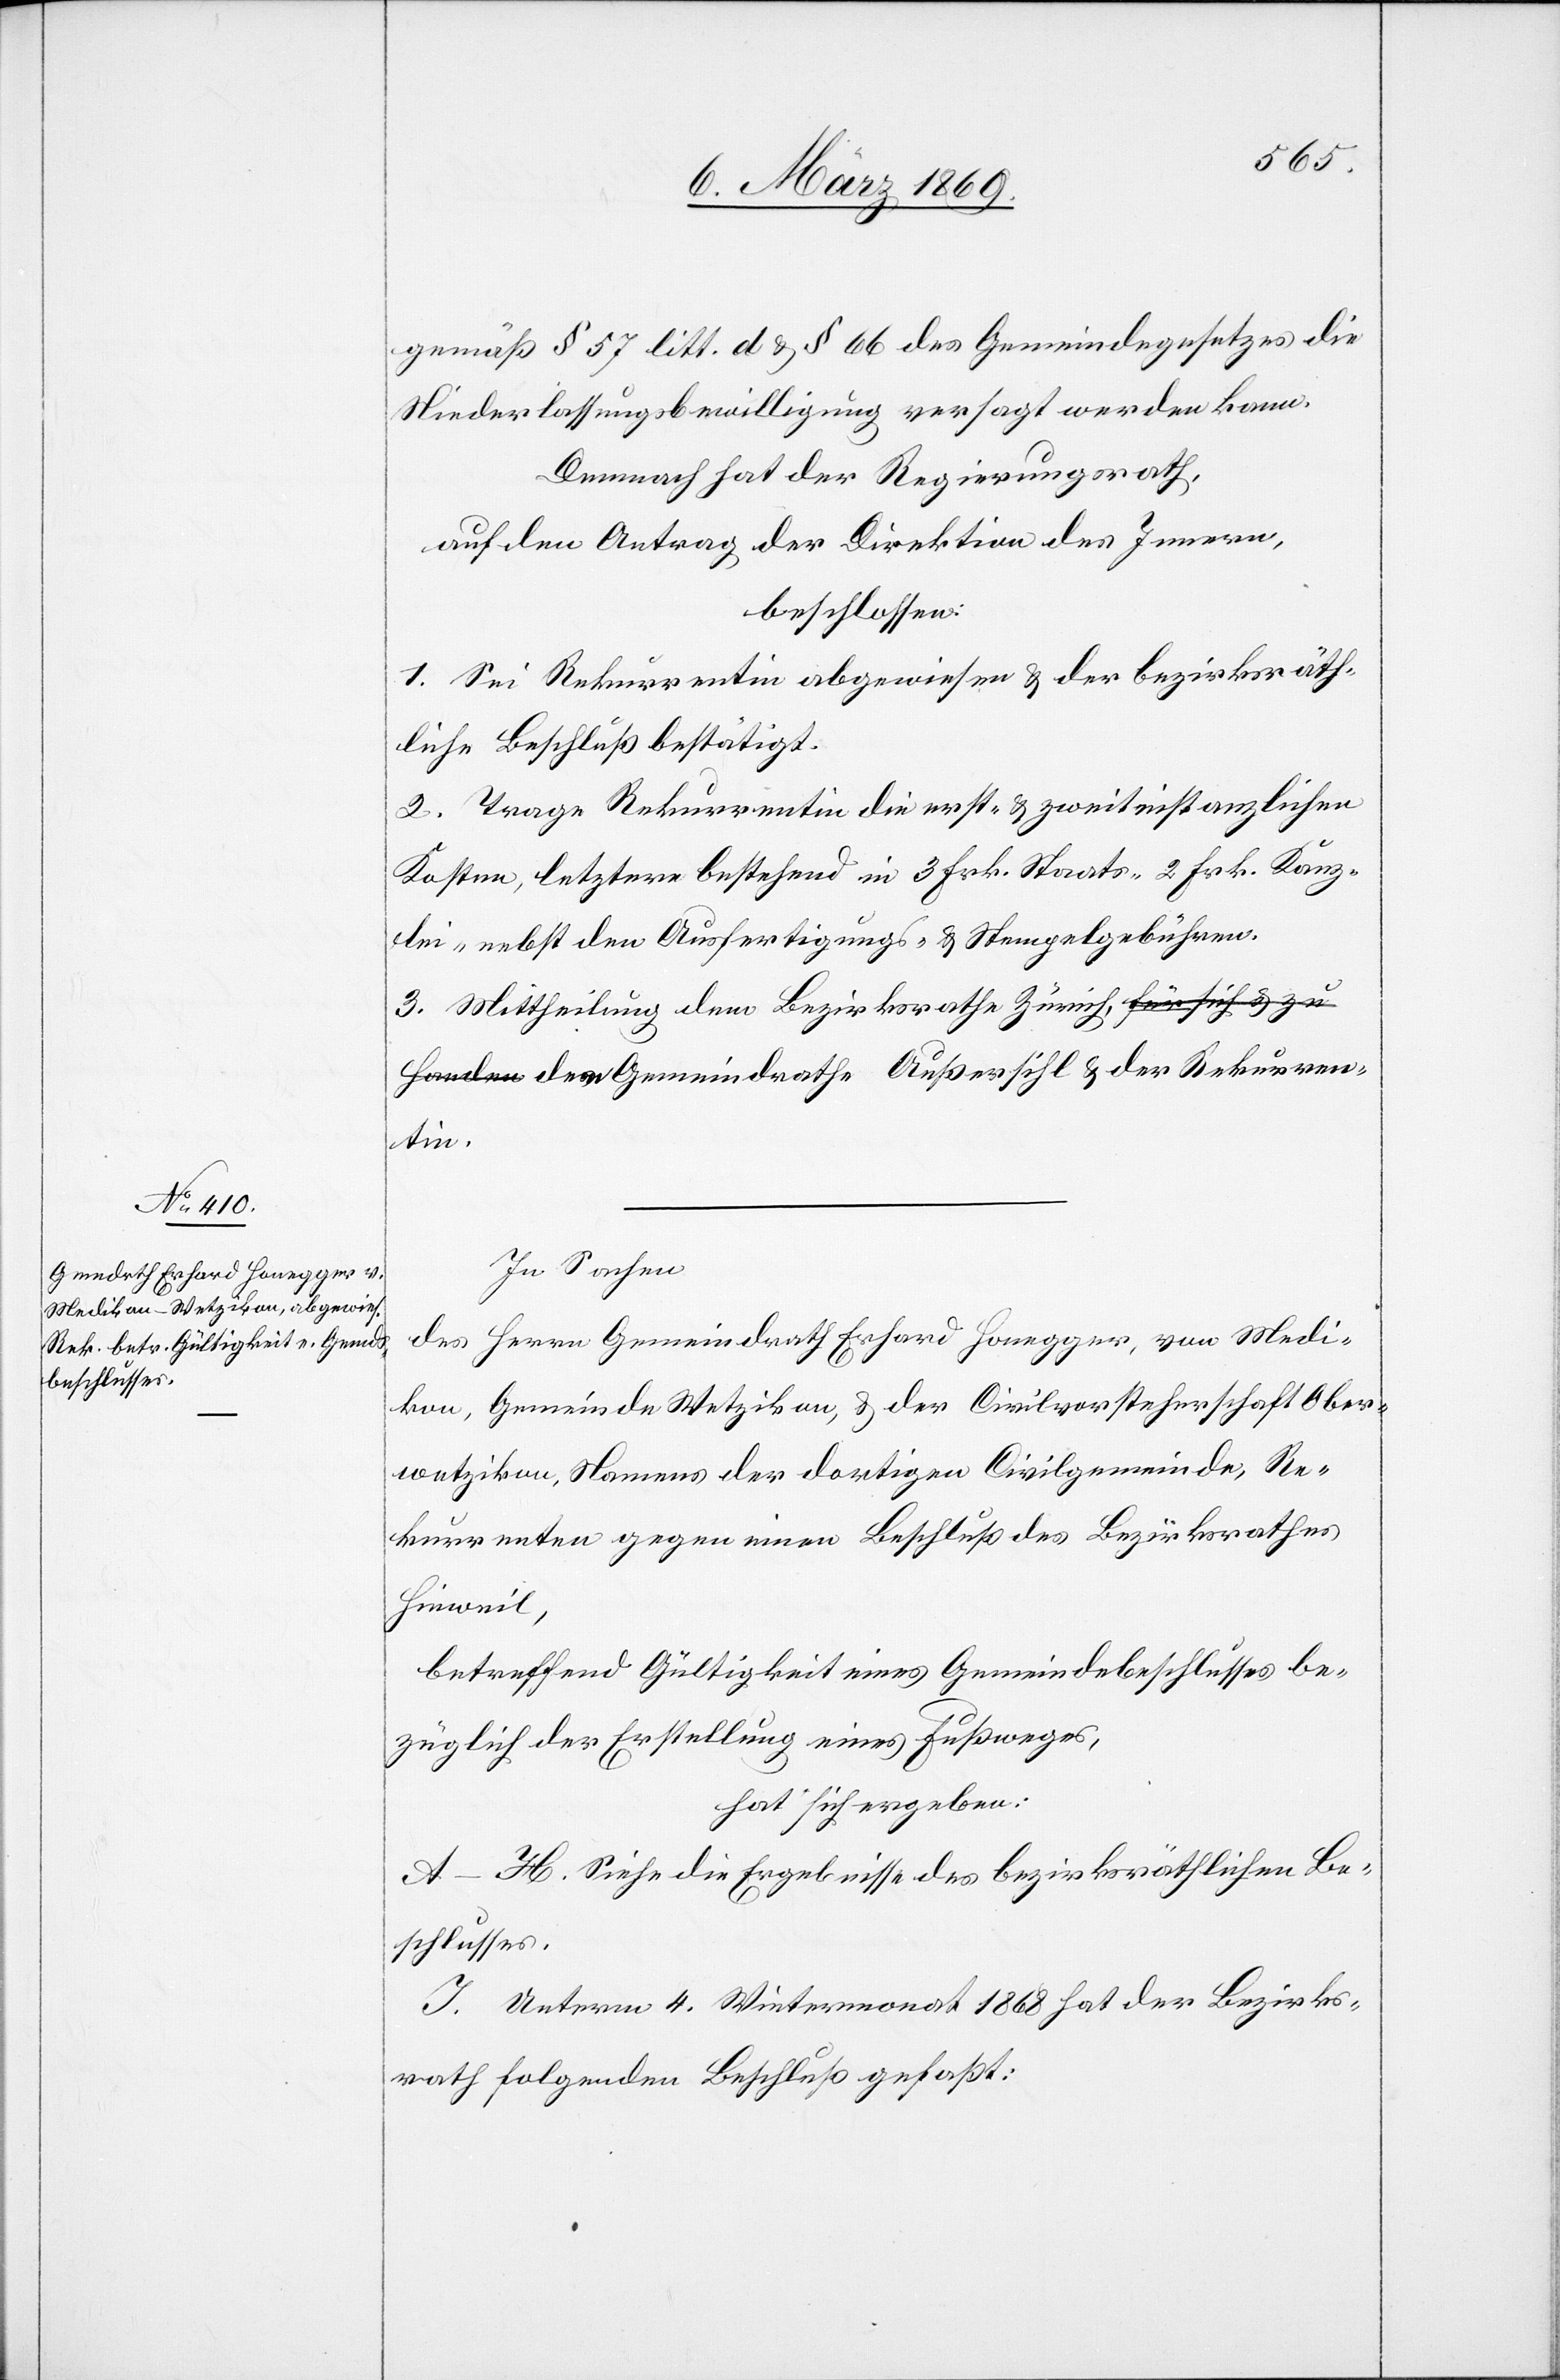
gemäß § 57 litt. d. & § 66 des Gemeindegesetzes die
Niederlaßungsbewilligung versagt werden kann.
Demnach hat der Regierungsrath,
auf den Antrag der Direktion des Innern,
beschlossen:
1. Sei Rekurrentin abgewiesen & der bezirksräth¬
liche Beschluß bestätigt.
2. Trage Rekurrentin die erst- u. zweitinstanzlichen
Kosten, letztere bestehend in 3 Frk. Staats-[,] 2 Frk. Kanz¬
lei- nebst den Ausfertigungs- u. Stempelgebühren.
3. Mittheilung dem Bezirksrathe Zürich, dem Gemeindrathe
In Sachen
des Herrn Gemeindrath Erhard Honegger, von Medi¬
kon, Gemeinde Wetzikon, & der Civilvorsteherschaft Ober¬
wetzikon, Namens der dortigen Civilgemeinde, Re¬
kurrenten gegen einen Beschluß des Bezirksrathes
Hinweil,
betreffend Gültigkeit eines Gemeindebeschlusses be¬
züglich der Erstellung eines Fußweges,
hat sich ergeben:
A–H. Siehe die Ergebnisse des bezirksräthlichen Be¬
schlusses.
J. Unterm 4. Wintermonat 1868 hat der Bezirks¬
rath folgenden Beschluß gefaßt: